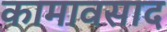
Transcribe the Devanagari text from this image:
कामावसाद